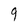
Character: 9